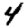
Digit: 4